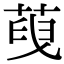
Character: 𦴞